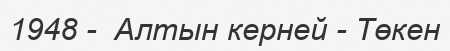
1948 -  Алтын керней - Төкен